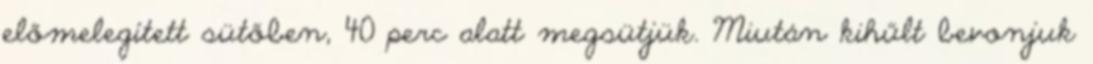
előmelegített sütőben, 40 perc alatt megsütjük. Miután kihűlt bevonjuk